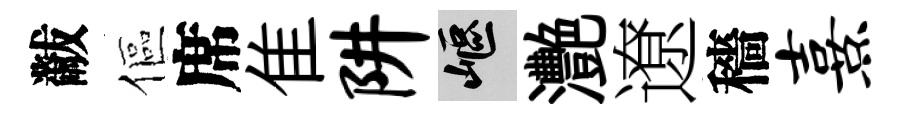
黻傴席隹阱嶇灧遼穡熹